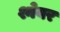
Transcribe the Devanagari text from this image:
श्नेयर